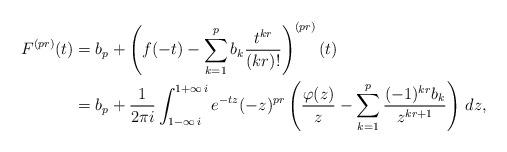
LaTeX: \begin{align*}F^{(pr)}(t)&=b_p+\left(f(-t)- \sum_{k=1}^{p}b_k\frac{t^{kr}}{(kr)!}\right)^{(pr)}(t)\\&=b_p+\frac{1}{2\pi i}\int_{1-\infty\,i}^{1+\infty\,i}e^{-tz}(-z)^{pr}\left(\frac{\varphi(z)}{z}- \sum_{k=1}^{p}\frac{(-1)^{kr}b_k}{z^{kr+1}}\right)\,dz,\end{align*}